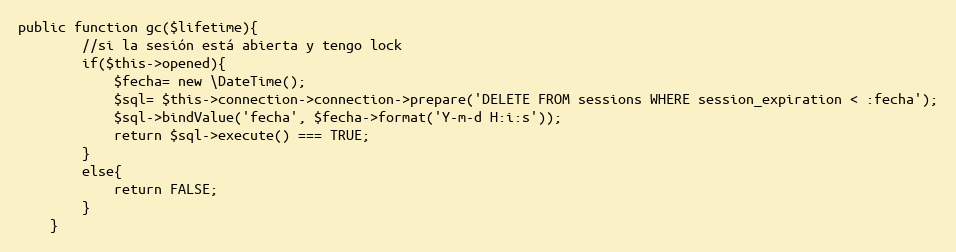
Language: PHP
public function gc($lifetime){
        //si la sesión está abierta y tengo lock
        if($this->opened){
            $fecha= new \DateTime();
            $sql= $this->connection->connection->prepare('DELETE FROM sessions WHERE session_expiration < :fecha');
            $sql->bindValue('fecha', $fecha->format('Y-m-d H:i:s'));
            return $sql->execute() === TRUE;
        }
        else{
            return FALSE;
        }
    }